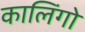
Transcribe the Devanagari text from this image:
कालिंगो